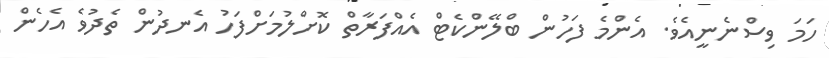
ހަމަ ވިސްނެނީއެވެ. އެންމެ ފަހުން ބްލޭންކެޓް އެއްފަރާތް ކޮށްލުމަށްފަހު އެނދުން ތެދުވެ އެހެން